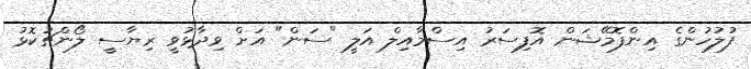
ފުލުހުންގެ އިންފޮމޭޝަން އޮފިސަރު އިސްމާއިލް އަލީ "ސަން" އަށް ވިދާޅުވީ ރިޔާސީ ލޯންޗުކޮޅު